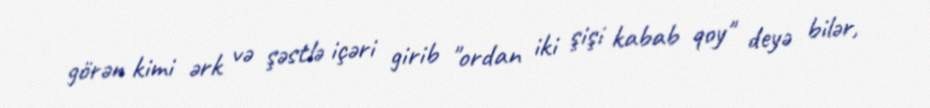
görən kimi ərk və şəstlə içəri girib "ordan iki şişi kabab qoy" deyə bilər,